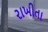
રાખીતા